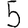
Digit: 5